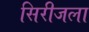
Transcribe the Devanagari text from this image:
सिरीजला